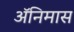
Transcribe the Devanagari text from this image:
ॲनिमास